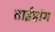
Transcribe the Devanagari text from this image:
ताईहांग